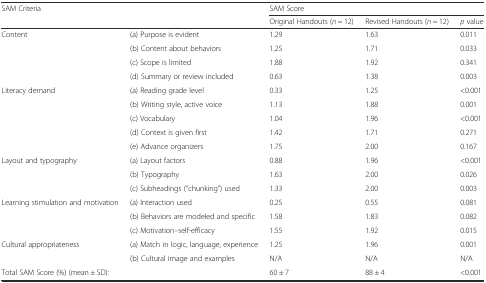
<table><thead><tr><td rowspan="2" colspan="2"><b>SAM Criteria</b></td><td colspan="3"><b>SAM Score</b></td></tr><tr><td><b>Original Handouts (<i>n</i> = 12)</b></td><td><b>Revised Handouts (<i>n</i> = 12)</b></td><td><b><i>p</i> value</b></td></tr></thead><tbody><tr><td rowspan="4">Content</td><td>(a) Purpose is evident</td><td>1.29</td><td>1.63</td><td>0.011</td></tr><tr><td>(b) Content about behaviors</td><td>1.25</td><td>1.71</td><td>0.033</td></tr><tr><td>(c) Scope is limited</td><td>1.88</td><td>1.92</td><td>0.341</td></tr><tr><td>(d) Summary or review included</td><td>0.63</td><td>1.38</td><td>0.003</td></tr><tr><td rowspan="5">Literacy demand</td><td>(a) Reading grade level</td><td>0.33</td><td>1.25</td><td>&lt;0.001</td></tr><tr><td>(b) Writing style, active voice</td><td>1.13</td><td>1.88</td><td>0.001</td></tr><tr><td>(c) Vocabulary</td><td>1.04</td><td>1.96</td><td>&lt;0.001</td></tr><tr><td>(d) Context is given first</td><td>1.42</td><td>1.71</td><td>0.271</td></tr><tr><td>(e) Advance organizers</td><td>1.75</td><td>2.00</td><td>0.167</td></tr><tr><td rowspan="3">Layout and typography</td><td>(a) Layout factors</td><td>0.88</td><td>1.96</td><td>&lt;0.001</td></tr><tr><td>(b) Typography</td><td>1.63</td><td>2.00</td><td>0.026</td></tr><tr><td>(c) Subheadings (“chunking”) used</td><td>1.33</td><td>2.00</td><td>0.003</td></tr><tr><td rowspan="3">Learning stimulation and motivation</td><td>(a) Interaction used</td><td>0.25</td><td>0.55</td><td>0.081</td></tr><tr><td>(b) Behaviors are modeled and specific</td><td>1.58</td><td>1.83</td><td>0.082</td></tr><tr><td>(c) Motivation--self-efficacy</td><td>1.55</td><td>1.92</td><td>0.015</td></tr><tr><td rowspan="2">Cultural appropriateness</td><td>(a) Match in logic, language, experience</td><td>1.25</td><td>1.96</td><td>0.001</td></tr><tr><td>(b) Cultural image and examples</td><td>N/A</td><td>N/A</td><td>N/A</td></tr><tr><td colspan="2">Total SAM Score (%) (mean ± SD):</td><td>60 ± 7</td><td>88 ± 4</td><td>&lt;0.001</td></tr></tbody></table>